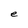
Character: e